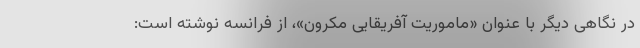
در نگاهی دیگر با عنوان «ماموریت آفریقایی مکرون»، از فرانسه نوشته است: